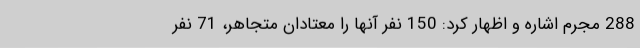
288 مجرم اشاره و اظهار کرد: 150 نفر آنها را معتادان متجاهر، 71 نفر